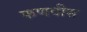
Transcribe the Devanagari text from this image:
फणवीस